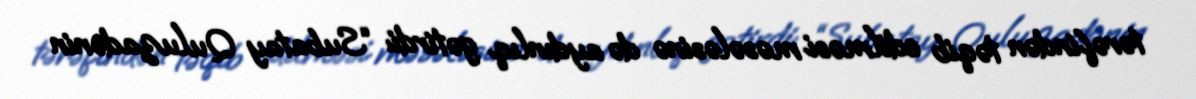
tərəfindən təqib edilməsi məsələsinə də aydınlıq gətirdi: “Subatay Quluzadənin